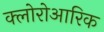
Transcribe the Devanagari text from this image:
क्लोरोआरिक